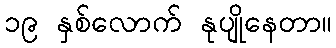
၁၉ နှစ်လောက် နုပျိုနေတာ။